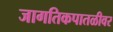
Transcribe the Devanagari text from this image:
जागतिकपातळीवर